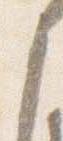
之